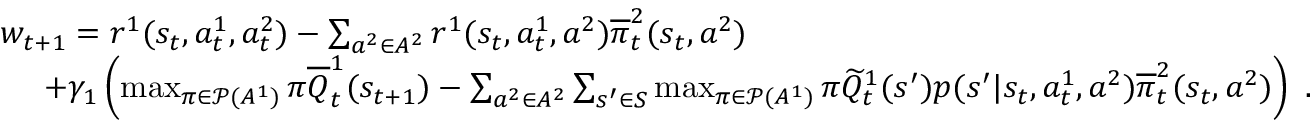
\begin{array} { r l } & { w _ { t + 1 } = r ^ { 1 } ( s _ { t } , a _ { t } ^ { 1 } , a _ { t } ^ { 2 } ) - \sum _ { a ^ { 2 } \in A ^ { 2 } } r ^ { 1 } ( s _ { t } , a _ { t } ^ { 1 } , a ^ { 2 } ) \overline { { \pi } } _ { t } ^ { 2 } ( s _ { t } , a ^ { 2 } ) } \\ & { ~ ~ ~ ~ + \gamma _ { 1 } \left( \operatorname* { m a x } _ { \pi \in \mathcal P ( A ^ { 1 } ) } \pi \overline { { Q } } _ { t } ^ { 1 } ( s _ { t + 1 } ) - \sum _ { a ^ { 2 } \in A ^ { 2 } } \sum _ { s ^ { \prime } \in S } \operatorname* { m a x } _ { \pi \in \mathcal P ( A ^ { 1 } ) } \pi \widetilde { Q } _ { t } ^ { 1 } ( s ^ { \prime } ) p ( s ^ { \prime } | s _ { t } , a _ { t } ^ { 1 } , a ^ { 2 } ) \overline { { \pi } } _ { t } ^ { 2 } ( s _ { t } , a ^ { 2 } ) \right) \ . } \end{array}